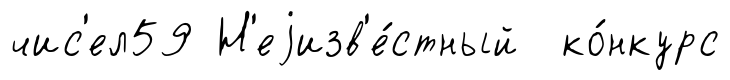
чис'ел59 Н'еjизв'е́стный ко́нкурс